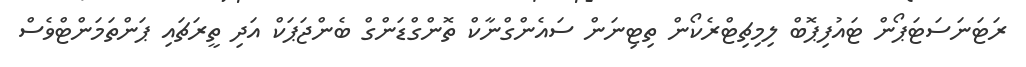
ރަޓަނަސަޓަޕޯން ޓައުފިޕޮބް ލިމިޗިޓްރެކޯން ތިޓިނަން ސައެންގްނާކް ތޮންގްޑަންގް ބެންޖަޕަކް އަދި ތީރަޗައި ޕަންތަމަންޓްވެސް